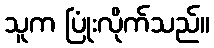
သူက ပြုံးလိုက်သည်။